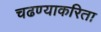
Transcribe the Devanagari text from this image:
चढण्याकरिता